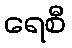
ရေစီ